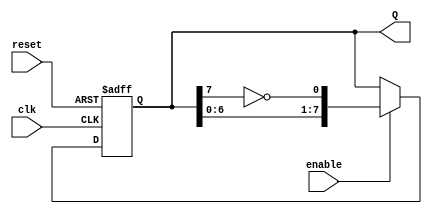
module Johnson_Counter (
    input wire clk,         // Clock signal
    input wire reset,       // Asynchronous reset signal
    input wire enable,      // Enable signal
    output reg [7:0] Q      // 8-bit output representing the counter state
);

    // Johnson Counter operation description
    always @(posedge clk or posedge reset) begin
        if (reset) begin
            // Reset the counter to initial state (00000000)
            Q <= 8'b00000000;
        end else if (enable) begin
            // Shift the states and feed back the inverted Q[7] to Q[0]
            Q <= {Q[6:0], ~Q[7]}; // Shift left and insert inverted last bit
        end
    end
    
endmodule